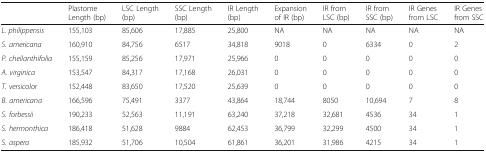
|  | Plastome Length (bp) | LSC Length (bp) | SSC Length (bp) | IR Length (bp) | Expansion of IR (bp) | IR from LSC (bp) | IR from SSC (bp) | IR Genes from LSC | IR Genes from SSC |
 | --- | --- | --- | --- | --- | --- | --- | --- | --- | --- |
 | L. philippensis | 155,103 | 85,606 | 17,885 | 25,800 | NA | NA | NA | NA | NA |
 | S. americana | 160,910 | 84,756 | 6517 | 34,818 | 9018 | 0 | 6334 | 0 | 2 |
 | P. cheilanthifolia | 155,159 | 85,256 | 17,971 | 25,966 | 0 | 0 | 0 | 0 | 0 |
 | A. virginica | 153,547 | 84,317 | 17,168 | 26,031 | 0 | 0 | 0 | 0 | 0 |
 | T. versicolor | 152,448 | 83,650 | 17,520 | 25,639 | 0 | 0 | 0 | 0 | 0 |
 | B. americana | 166,596 | 75,491 | 3377 | 43,864 | 18,744 | 8050 | 10,694 | 7 | 8 |
 | S. forbessii | 190,233 | 52,563 | 11,191 | 63,240 | 37,218 | 32,681 | 4536 | 34 | 1 |
 | S. hermonthica | 186,418 | 51,628 | 9884 | 62,453 | 36,799 | 32,299 | 4500 | 34 | 1 |
 | S. aspera | 185,932 | 51,706 | 10,504 | 61,861 | 36,201 | 31,986 | 4215 | 34 | 1 |